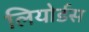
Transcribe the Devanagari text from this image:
लियोर्डस